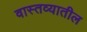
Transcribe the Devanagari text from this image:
वास्तव्यातील